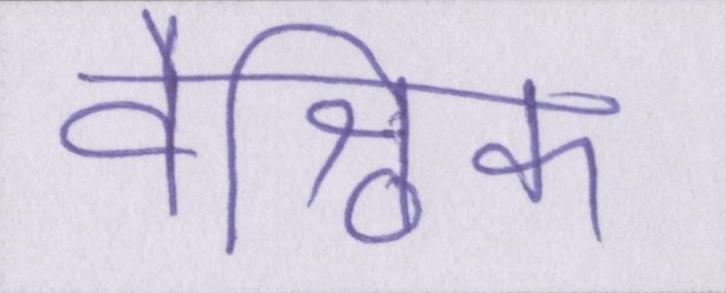
वैश्विक